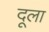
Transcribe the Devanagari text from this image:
दूला